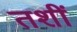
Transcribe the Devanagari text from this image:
तशीं